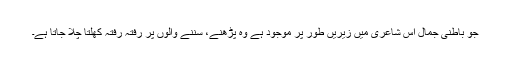
جو باطنی جمال اس شاعری میں زیریں طور پر موجود ہے وہ پڑھنے، سننے والوں پر رفتہ رفتہ کھلتا چلا جاتا ہے۔